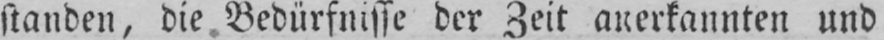
standen, die Bedürfnisse der Zeit anerkannten und